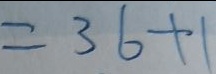
= 3 6 + 1